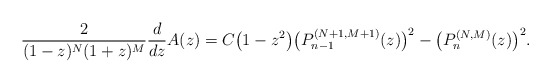
\begin{gather*} \frac{2}{(1-z) ^{N}(1+z) ^{M}}\frac{d}{dz}A( z) =C\big( 1-z^{2}\big) \big( P_{n-1}^{(N+1,M+1) }(z) \big) ^{2}-\big( P_{n}^{(N,M) } ( z ) \big) ^{2}. \end{gather*}